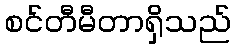
စင်တီမီတာရှိသည်